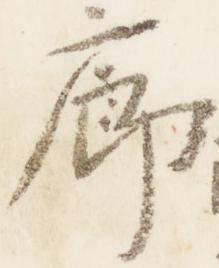
廊